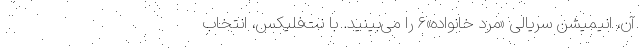
آن، انیمیشن سریالی «مرد خانواده»۶ را می‌بینید. با نت‌فلیکس، انتخاب